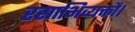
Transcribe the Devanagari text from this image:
रसाभिव्यक्तौ।